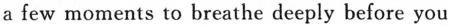
a few moments to breathe deeply before you